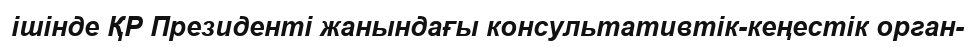
ішінде ҚР Президенті жанындағы консультативтік-кеңестік орган-